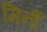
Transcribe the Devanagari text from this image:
मिर्नी